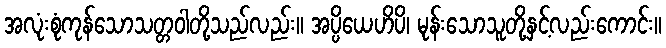
အလုံးစုံကုန်သောသတ္တဝါတို့သည်လည်း။ အပ္ပိယေဟိပိ၊ မုန်းသောသူတို့နှင့်လည်းကောင်း။